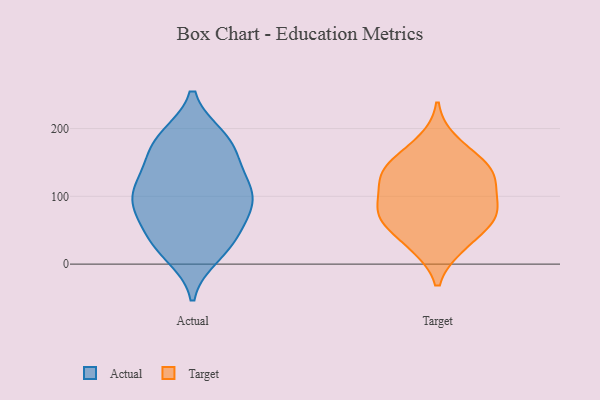
{"axis": {"x": "Churn Rate (%)", "y": "Value"}, "legend": ["Actual", "Target"], "data": [{"x": "", "y": 81, "type": "Actual"}, {"x": "", "y": 179, "type": "Actual"}, {"x": "", "y": 31, "type": "Actual"}, {"x": "", "y": 109, "type": "Actual"}, {"x": "", "y": 187, "type": "Actual"}, {"x": "", "y": 187, "type": "Actual"}, {"x": "", "y": 14, "type": "Actual"}, {"x": "", "y": 102, "type": "Actual"}, {"x": "", "y": 130, "type": "Actual"}, {"x": "", "y": 36, "type": "Actual"}, {"x": "", "y": 153, "type": "Actual"}, {"x": "", "y": 83, "type": "Actual"}, {"x": "", "y": 171, "type": "Actual"}, {"x": "", "y": 103, "type": "Actual"}, {"x": "", "y": 83, "type": "Actual"}, {"x": "", "y": 121, "type": "Actual"}, {"x": "", "y": 60, "type": "Actual"}, {"x": "", "y": 25, "type": "Actual"}, {"x": "", "y": 26, "type": "Target"}, {"x": "", "y": 63, "type": "Target"}, {"x": "", "y": 75, "type": "Target"}, {"x": "", "y": 71, "type": "Target"}, {"x": "", "y": 120, "type": "Target"}, {"x": "", "y": 67, "type": "Target"}, {"x": "", "y": 26, "type": "Target"}, {"x": "", "y": 181, "type": "Target"}, {"x": "", "y": 114, "type": "Target"}, {"x": "", "y": 156, "type": "Target"}, {"x": "", "y": 138, "type": "Target"}, {"x": "", "y": 74, "type": "Target"}, {"x": "", "y": 139, "type": "Target"}, {"x": "", "y": 140, "type": "Target"}, {"x": "", "y": 100, "type": "Target"}]}